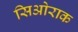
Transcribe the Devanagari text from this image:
सिओराक